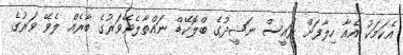
އެކަމަކު އެއާ ހިލާފަށް ރައީސް ނަޝީދުގެ ބްލޮކޭޑް ނައްތާލެވޭވަރުގެ ބާރެއް ލެވޭ ވަރުގެ